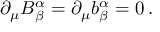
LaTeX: \partial _ { \mu } B _ { \beta } ^ { \alpha } = \partial _ { \mu } b _ { \beta } ^ { \alpha } = 0 \, .